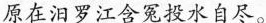
原在汨罗江含冤投水自尽。